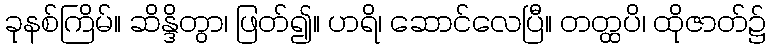
ခုနစ်ကြိမ်။ ဆိန္ဒိတွာ၊ ဖြတ်၍။ ဟရိ၊ ဆောင်လေပြီ။ တတ္ထပိ၊ ထိုဇာတ်၌